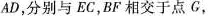
AD，分别与EC，BF相交于点C，